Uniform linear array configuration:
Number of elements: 48
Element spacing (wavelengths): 0.25
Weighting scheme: uniform
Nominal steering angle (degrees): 15
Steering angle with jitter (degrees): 16.625
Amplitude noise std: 0.05
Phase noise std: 0.05

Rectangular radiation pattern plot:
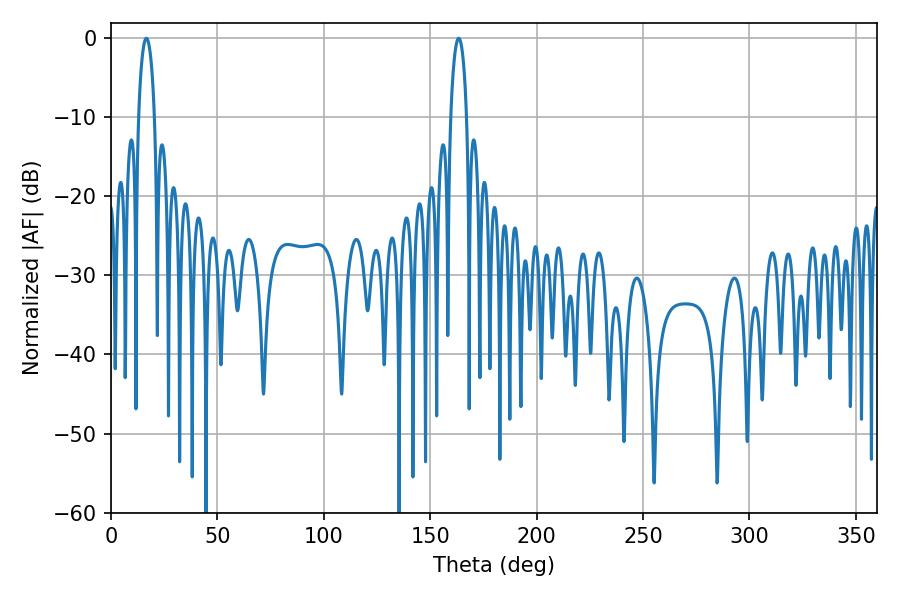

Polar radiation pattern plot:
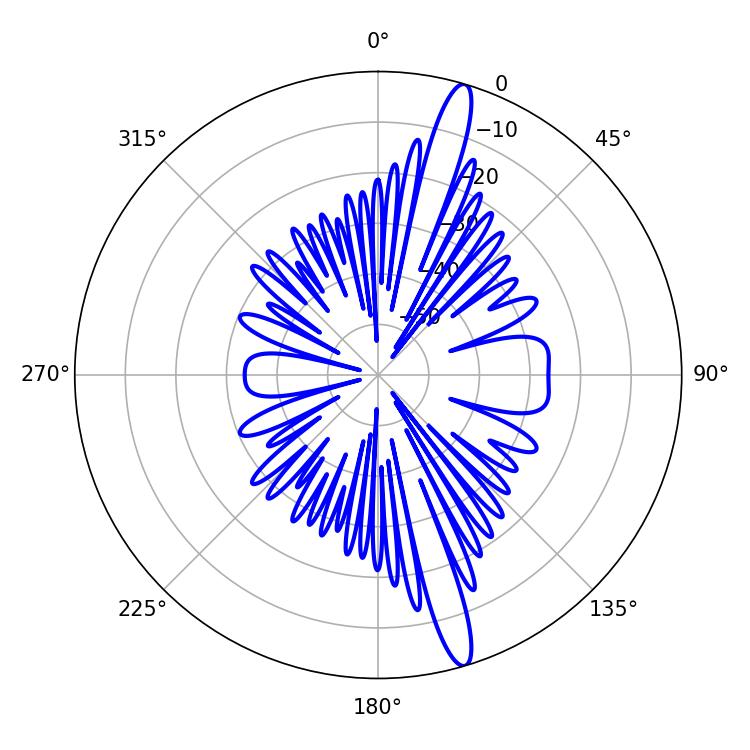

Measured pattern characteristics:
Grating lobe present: FALSE
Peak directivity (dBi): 16.007
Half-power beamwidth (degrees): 4.14
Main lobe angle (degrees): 16.56